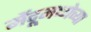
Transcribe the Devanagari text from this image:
मेंदूमध्येच्या